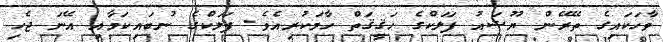
ވާހަކައިގެ ތޭރޭން ޔޫޝައު ފަލަކްގެ ހަޤީޤަތް ހާމަކުރިއެވެ. ފަލަކްގެ ނުބައިކަމާއި އޭނަ ޖެހި